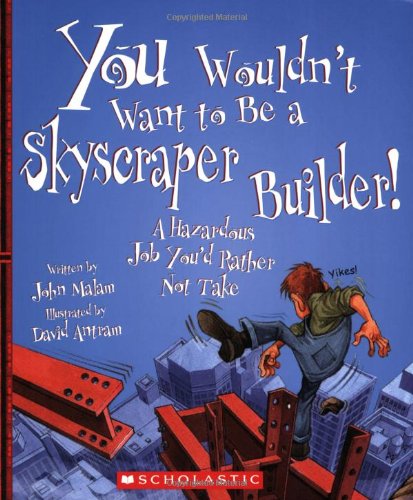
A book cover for You Wouldn't Want to Be a Skyscraper Builder!: A Hazardous Job You'd Rather Not Take; John Malam; Children's Books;